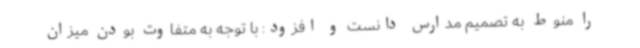
را منوط به تصمیم مدارس دانست و افزود: با توجه به متفاوت بودن میزان